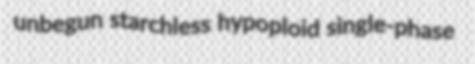
unbegun starchless hypoploid single-phase